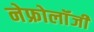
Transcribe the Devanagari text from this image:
नेफ्रोलॉंजी